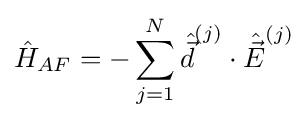
{\hat {H}}_{AF}=-\sum _{j=1}^{N}{\hat {\vec {d}}}^{(j)}\cdot {\hat {\vec {E}}}^{(j)}